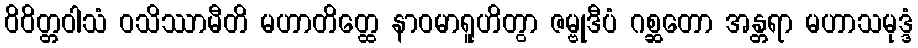
ဝိဝိတ္တဝါသံ ဝသိဿာမီတိ မဟာတိတ္ထေ နာဝမာရူဟိတွာ ဇမ္ဗုဒီပံ ဂစ္ဆတော အန္တရာ မဟာသမုဒ္ဒံ